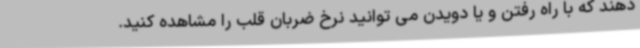
دهند که با راه رفتن و یا دویدن می توانید نرخ ضربان قلب را مشاهده کنید.